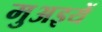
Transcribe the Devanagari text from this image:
मुअइयें